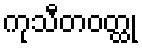
ကုသီတဝတ္ထု